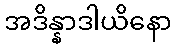
အဒိန္နာဒါယိနော